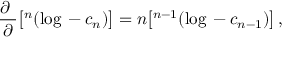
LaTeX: \frac { \partial ~ } { \partial \L } \big [ \L ^ { n } ( \log \L - c _ { n } ) \big ] = n \big [ \L ^ { n - 1 } ( \log \L - c _ { n - 1 } ) \big ] \, ,